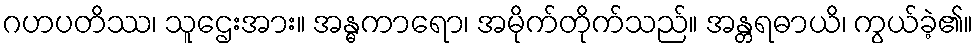
ဂဟပတိဿ၊ သူဌေးအား။ အန္ဓကာရော၊ အမိုက်တိုက်သည်။ အန္တရဓာယိ၊ ကွယ်ခဲ့၏။